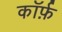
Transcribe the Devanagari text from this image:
कॉर्फ़